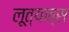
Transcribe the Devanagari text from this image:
लूत्यन्स